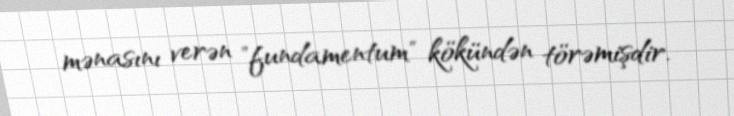
mənasını verən "fundamentum" kökündən törəmişdir.